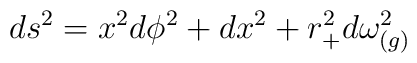
ds^2=x^2d\phi^2+dx^2+r^2_+d\omega^2_{(g)}